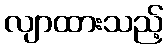
လျာထားသည့်